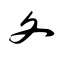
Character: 夂